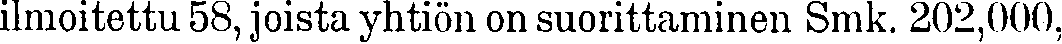
ilmoitettu 58, joista yhtiön on suorittaminen Smk. 202,000,